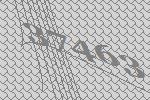
37463